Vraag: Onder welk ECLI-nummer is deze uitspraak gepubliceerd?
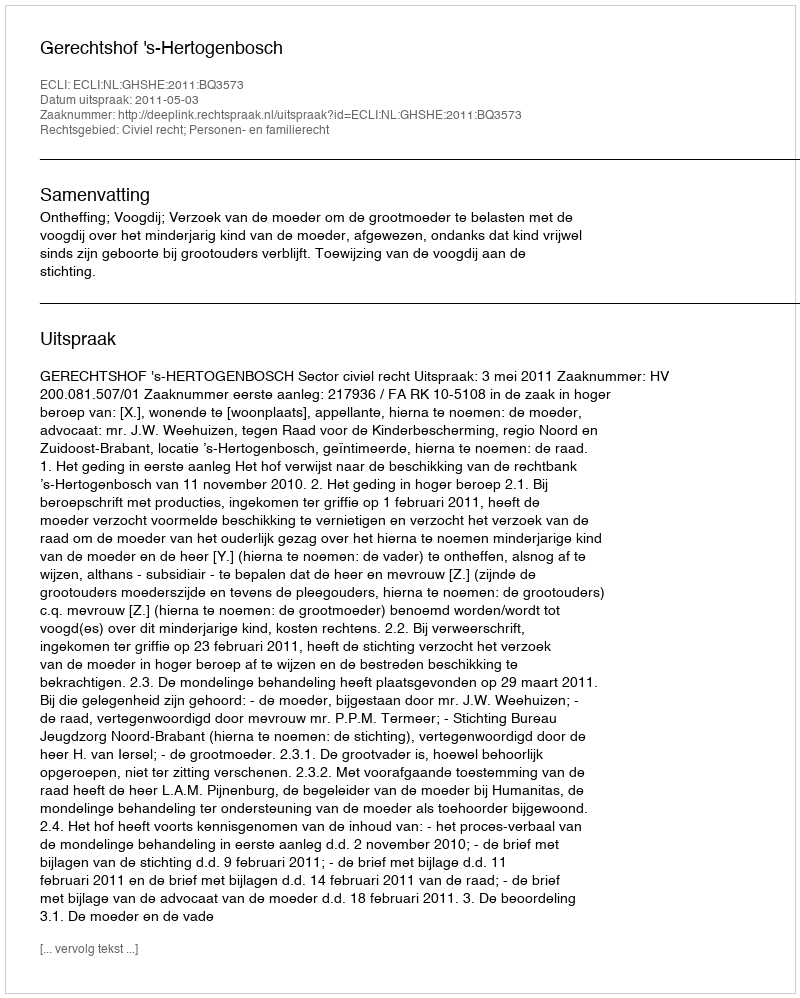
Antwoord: ECLI:NL:GHSHE:2011:BQ3573